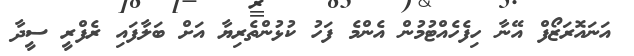
އަނައޮރަޒޯފް އޭނާ ހިފެހެއްޓުމުން އެންމެ ފަހު ކުޅުންތެރިޔާ އަށް ބަލާފައި ރެފްރީ ސީދާ